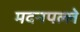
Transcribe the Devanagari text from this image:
मदनपल्ले